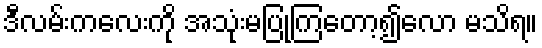
ဒီလမ်းကလေးကို အသုံးမပြုကြတော့၍လော မသိရ။